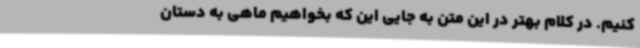
کنیم. در کلام بهتر در این متن به جایی این که بخواهیم ماهی به دستان